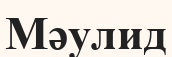
Мәулид